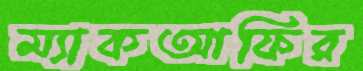
ম্যাকআফির